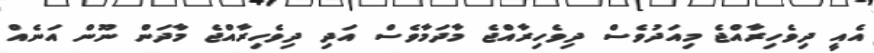
އެއީ ދިވެހިރާއްޖެ މިއަދުވެސް ދިވެހިރާއްޖެ މާދަމާވެސް އަދި ދިވެހިރާއްޖެ މާދަން ނޫން އަނެއް